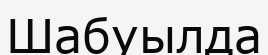
Шабуылда